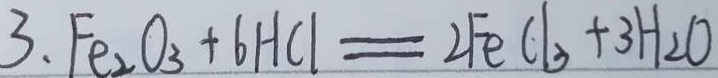
3 . F e _ { 2 } O _ { 3 } + 6 H C l = 2 F e C l _ { 3 } + 3 H _ { 2 } O